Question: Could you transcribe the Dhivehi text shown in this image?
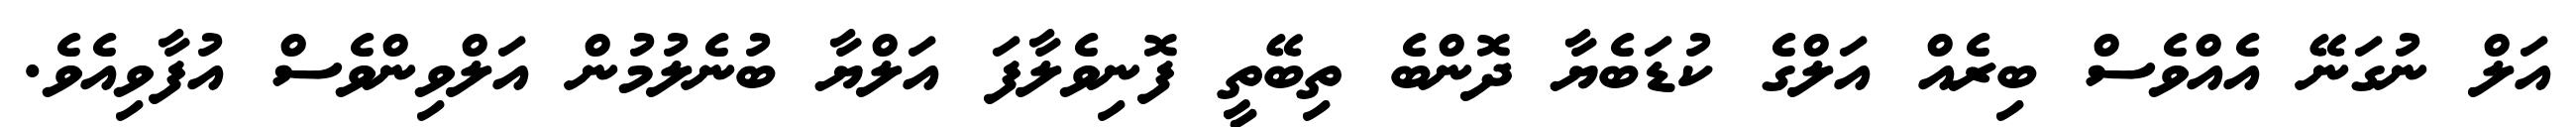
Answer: އަލް ނުގަނޭ އެއްވެސް ބިރެއް އަލްގެ ކުޑަބެޔާ ދޮންބެ ތިބޭތީ ފޮނިވެލާފަ އަލްޔާ ބުނެލުމުން އަލްވިންވެސް އުފާވިއެވެ.